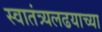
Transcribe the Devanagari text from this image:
स्वातंत्र्यलढयाच्या